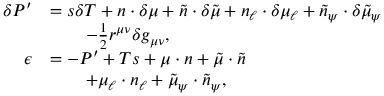
\begin{array} { r l } { \delta P ^ { \prime } } & { = s \delta T + n \cdot \delta \mu + \tilde { n } \cdot \delta \tilde { \mu } + n _ { \ell } \cdot \delta \mu _ { \ell } + \tilde { n } _ { \psi } \cdot \delta \tilde { \mu } _ { \psi } } \\ & { \qquad - \frac { 1 } { 2 } r ^ { \mu \nu } \delta g _ { \mu \nu } , } \\ { \epsilon } & { = - P ^ { \prime } + T s + \mu \cdot n + \tilde { \mu } \cdot \tilde { n } } \\ & { \qquad + \mu _ { \ell } \cdot n _ { \ell } + \tilde { \mu } _ { \psi } \cdot \tilde { n } _ { \psi } , } \end{array}